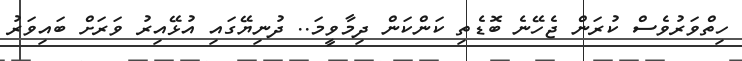
ހިތްވަރުވެސް ކުރަން ޖެހޭނެ ބޮޑެތި ކަންކަން ދިމާވީމަ.. ދުނިޔޭގައި އުޅޭއިރު ވަރަށް ބައިވަރު